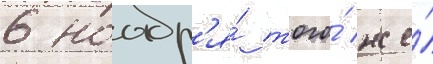
6 ноабр'я́ того́ же́